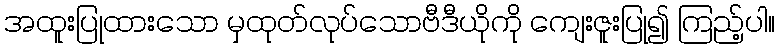
အထူးပြုထားသော မှထုတ်လုပ်သောဗီဒီယိုကို ကျေးဇူးပြု၍ ကြည့်ပါ။